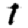
Digit: 1